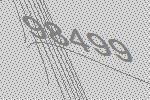
98499